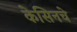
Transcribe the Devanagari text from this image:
केसिनचे